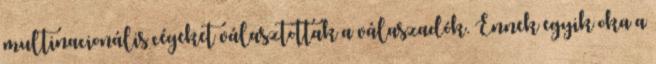
multinacionális cégeket választottak a válaszadók. Ennek egyik oka a